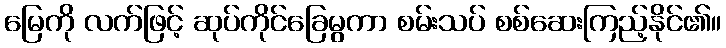
မြေကို လက်ဖြင့် ဆုပ်ကိုင်ခြေမွကာ စမ်းသပ် စစ်ဆေးကြည့်နိုင်၏။